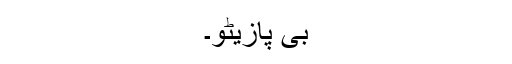
بی پازیٹو۔